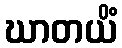
ဃာတယိံ